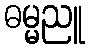
ဓမ္မညူ